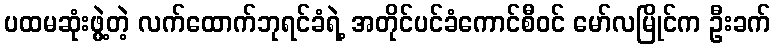
ပထမဆုံးဖွဲ့တဲ့ လက်ထောက်ဘုရင်ခံရဲ့ အတိုင်ပင်ခံကောင်စီဝင် မော်လမြိုင်က ဦးခက်